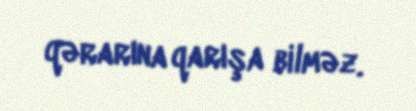
qərarına qarışa bilməz.